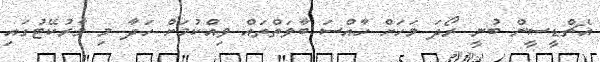
އެޗްޑީސީން ބުނީ ރޯދަ މަހަށް ހާއްސަ ބާވަތްތައް ވިއްކުމަށް ހަދާ މި މާރުކޭޓުގައި